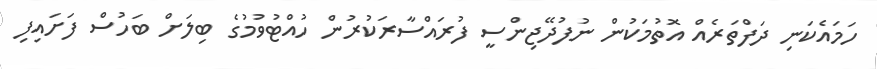
ހަމައެކަނި ދަފްތަރެއް އޮތުމަކުން ނުފުދޭޖިންސީ ފުރައްސާރަކުރުން ހުއްޓުވުމުގެ ބިލަށް ބަހުސް ފަށައިފި